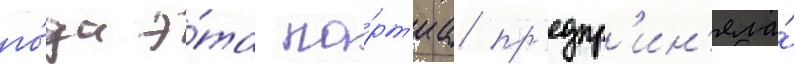
го́да э́та па́рт'иа пр'едпр'ин'яла́